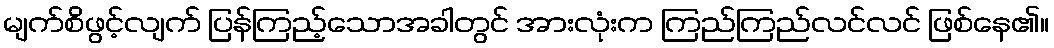
မျက်စိဖွင့်လျက် ပြန်ကြည့်သောအခါတွင် အားလုံးက ကြည်ကြည်လင်လင် ဖြစ်နေ၏။